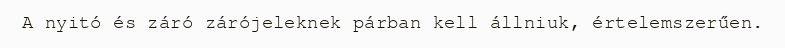
A nyitó és záró zárójeleknek párban kell állniuk, értelemszerűen.